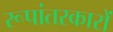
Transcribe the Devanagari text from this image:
रूपांतरकारों